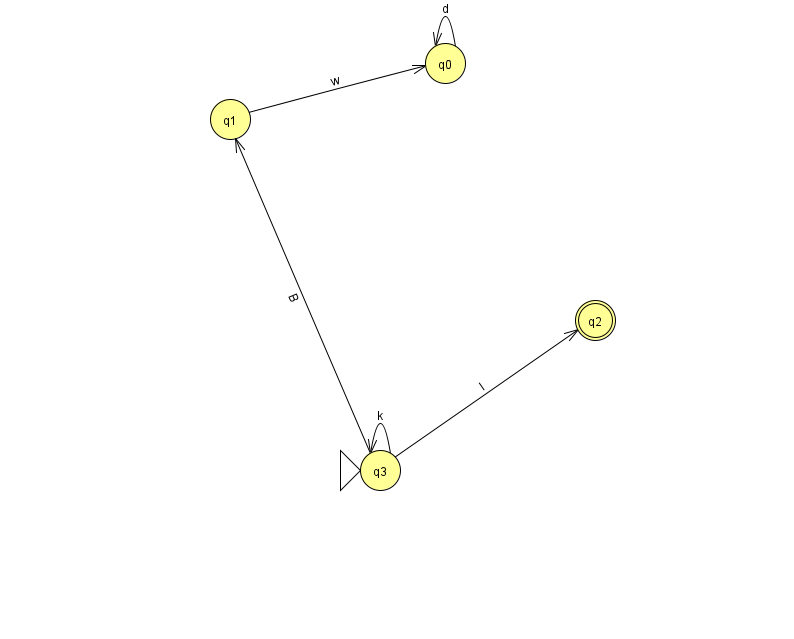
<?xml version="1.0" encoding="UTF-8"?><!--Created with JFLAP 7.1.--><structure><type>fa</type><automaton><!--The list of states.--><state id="0" name="q0"><x>445.0</x><y>50.0</y></state><state id="1" name="q1"><x>230.0</x><y>106.0</y></state><state id="2" name="q2"><x>595.0</x><y>307.0</y><final/></state><state id="3" name="q3"><x>380.0</x><y>457.0</y><initial/></state><!--The list of transitions.--><transition><from>1</from><to>0</to><read>w</read></transition><transition><from>3</from><to>1</to><read>B</read></transition><transition><from>0</from><to>0</to><read>d</read></transition><transition><from>3</from><to>2</to><read>l</read></transition><transition><from>3</from><to>3</to><read>k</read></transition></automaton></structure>